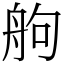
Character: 䑦